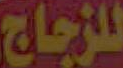
للزجاج